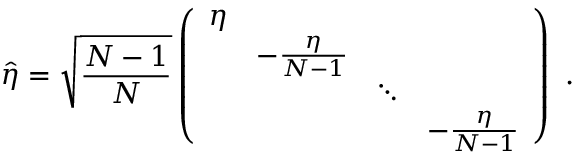
\hat { \eta } = \sqrt { { \frac { N - 1 } { N } } } \left( \begin{array} { c c c c } { { \eta } } & { { } } & { { } } & { { } } \\ { { } } & { { - { \frac { \eta } { N - 1 } } } } & { { } } & { { } } \\ { { } } & { { } } & { { \ddots } } & { { } } \\ { { } } & { { } } & { { } } & { { - { \frac { \eta } { N - 1 } } } } \end{array} \right) \ .